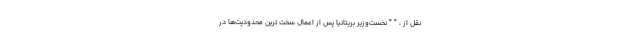
نقل از ، " " نخست‌وزیر بریتانیا پس از اعمال سخت ترین محدودیت‌ها در